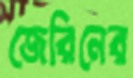
জেরিনের